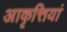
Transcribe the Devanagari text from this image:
आकृत्तियां